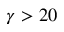
\gamma > 2 0